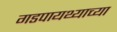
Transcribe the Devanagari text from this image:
गडपायथ्याच्या